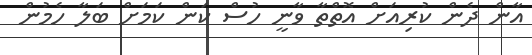
އާން ދެން ކުރިއަށް އޮތްތާ ވާނީ ހުސް ކަން ކަމަށް ބަލާ ހެމުން